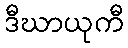
ဒီဃာယုကီ